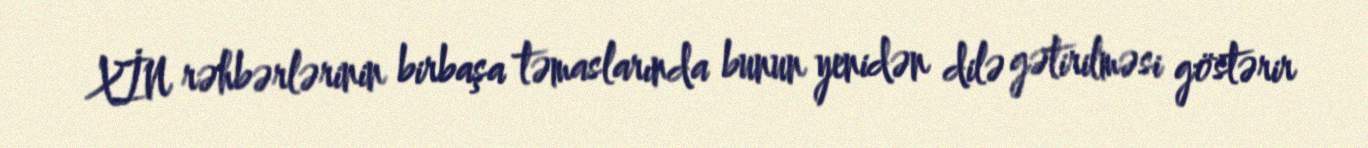
XİN rəhbərlərinin birbaşa təmaslarında bunun yenidən dilə gətirilməsi göstərir